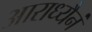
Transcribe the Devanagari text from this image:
आराध्यैनं